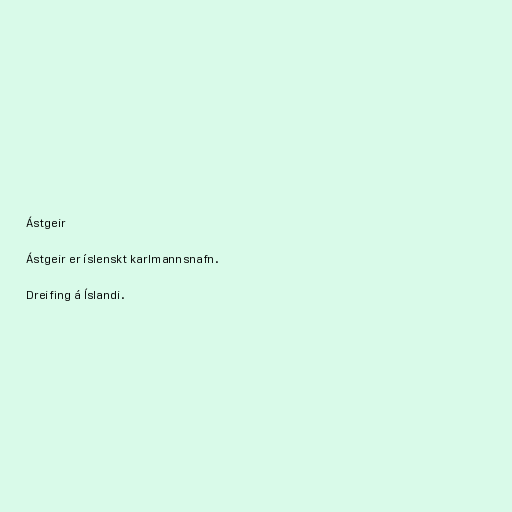
Ástgeir

Ástgeir er íslenskt karlmannsnafn.

Dreifing á Íslandi.